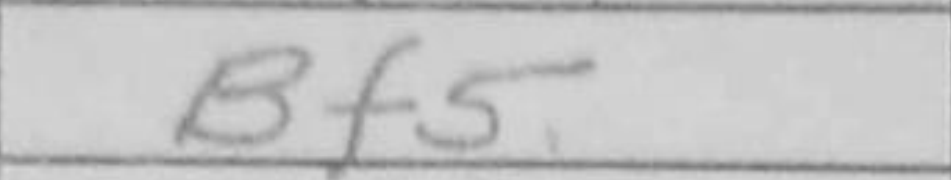
Transcription: Bf5